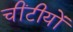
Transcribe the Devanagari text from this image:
चींटीयों